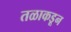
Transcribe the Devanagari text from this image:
तळाकडून